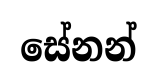
සේනන්